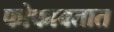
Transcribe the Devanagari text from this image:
फोफावतात